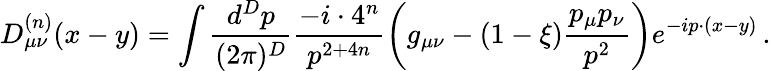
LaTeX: D_{\mu\nu}^{(n)}(x-y)=\int\frac{d^{D}p}{(2\pi)^{D}}\frac{-i\cdot 4^{n}}{p^{2+4n}}\bigg(g_{\mu\nu}-(1-\xi)\frac{p_{\mu}p_{\nu}}{p^{2}}\bigg)e^{-ip\cdot(x-y)}\, .